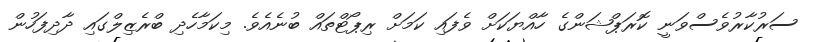
ސަރުކާރުވެސްވަނީ ކޮރަޕްޝަންގެ ހާއްޔަކަށް ވެފައި ކަމަށް ރިޕޯޓްތައް ބުނެއެވެ. މިކަމާހެދި ބްރެޒިލްގައި ދާދިފަހުން